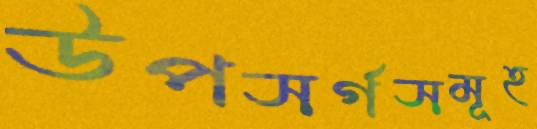
উপসর্গসমূহ